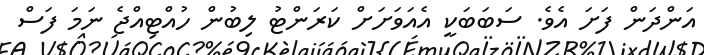
އަންދަން ފަށަ އެވެ. ސަބަބަކީ އެއަވަށަށް ކަރަންޓު ލިބުން ހުއްޓިއްޖެ ނަމަ ފަސް